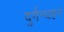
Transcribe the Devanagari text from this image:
दुर्गन्धहर